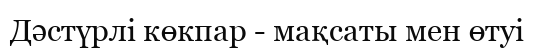
Дәстүрлі көкпар - мақсаты мен өтуі